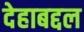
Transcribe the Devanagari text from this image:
देहाबद्दल